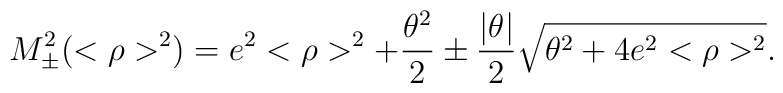
M_{\pm}^{2}(<\rho>^{2})=e^{2}<\rho>^{2}+\frac{\theta^{2}}{2}\pm\frac{|\theta|}{2}\sqrt{\theta^{2}+4e^{2}<\rho>^{2}}.